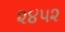
૨૪૫૨